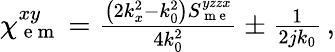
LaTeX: \begin{array}{r}{\chi_{\mathrm{~e~m~}}^{xy}=\frac{\left(2k_{x}^{2}-k_{0}^{2}\right)S_{\mathrm{~m~e~}}^{yzzx}}{4k_{0}^{2}}\pm\frac{1}{2jk_{0}}\, ,}\end{array}